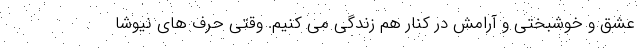
عشق و خوشبختی و آرامش در کنار هم زندگی می کنیم. وقتی حرف های نیوشا